65_HS1-834228961_62-HQ-83894_Section_4
Agency: FBI
Page 86
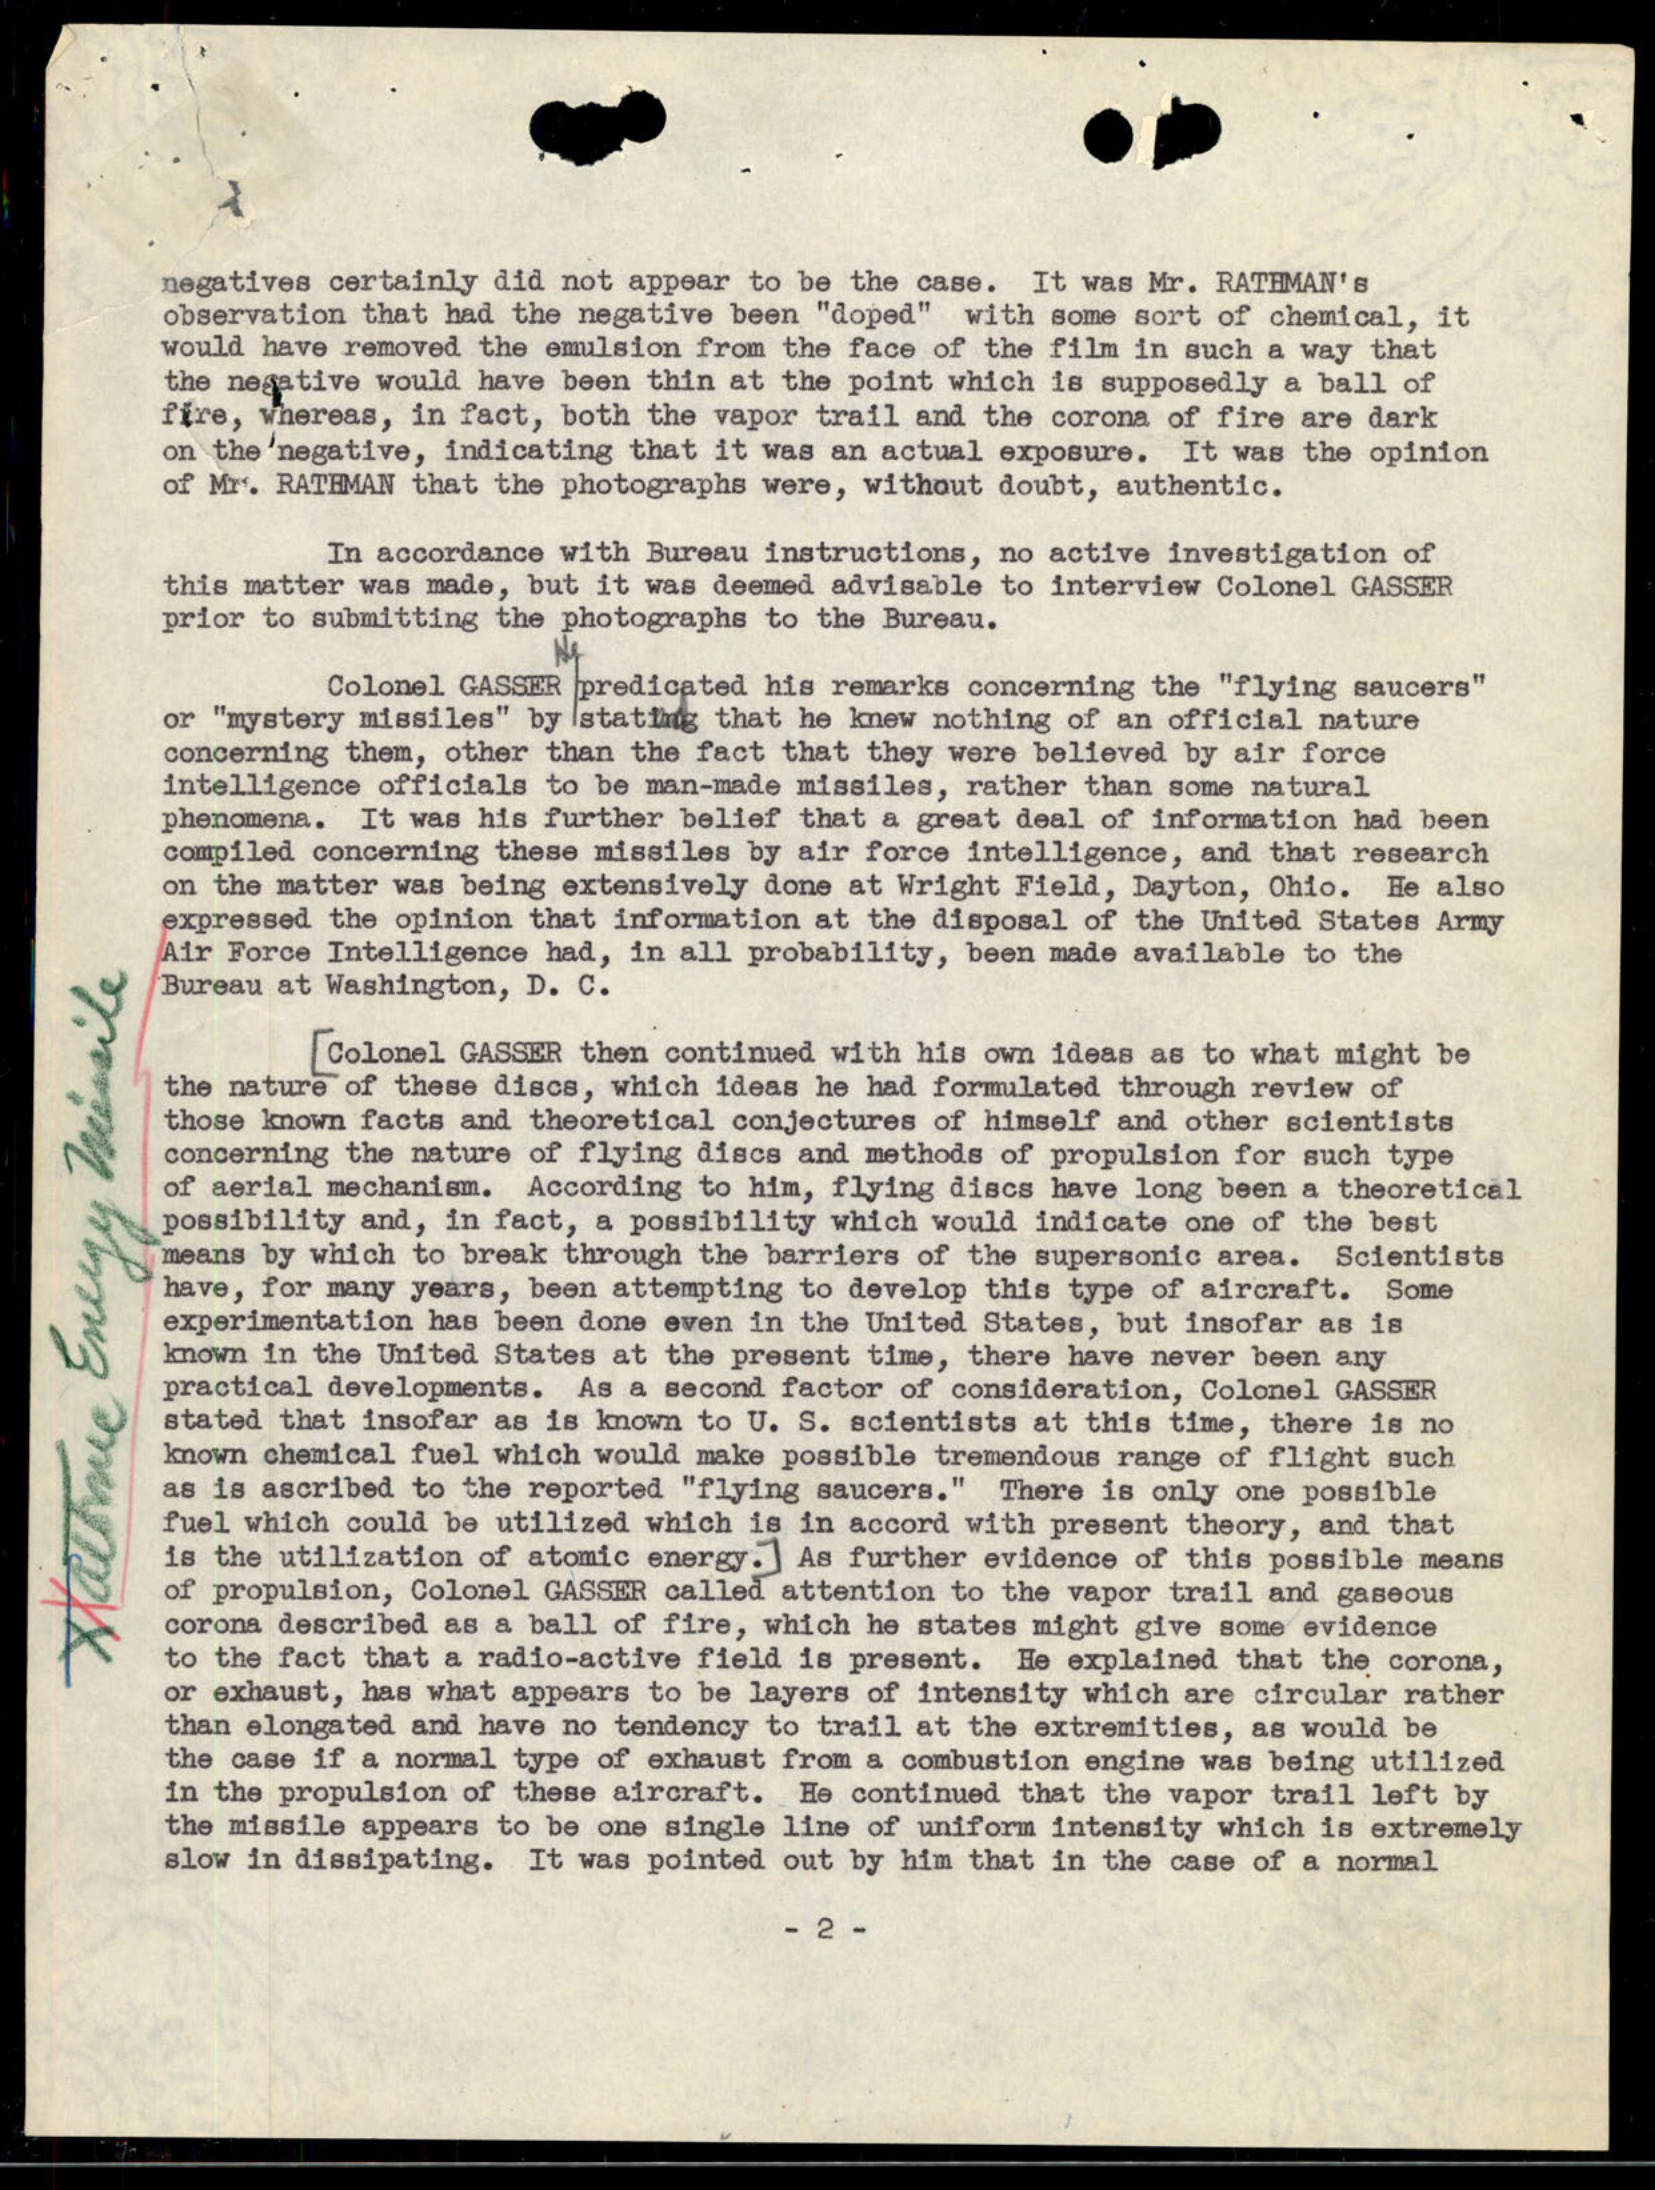